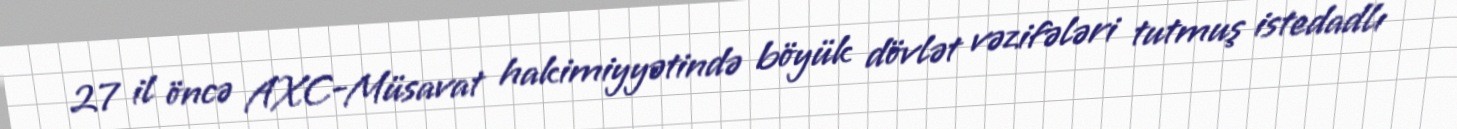
27 il öncə AXC-Müsavat hakimiyyətində böyük dövlət vəzifələri tutmuş istedadlı